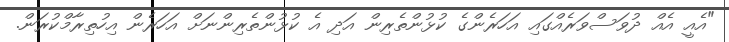
"އެއީ އެއް ދުވަސްވަރެއްގައި އަހަރެންގެ ކުޅުންތެރިން އަދި އެ ކުޅުންތެރިންނަށް އަހަރެން އިހުތިރާމްކުރަން.